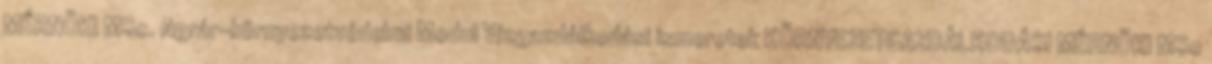
MÉRNÖKI MSc. Agrár-környezetvédelmi Modul Vízgazdálkodási ismeretek KÖRNYEZETGAZDÁLKODÁSI MÉRNÖKI MSc